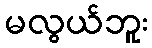
မလွယ်ဘူး